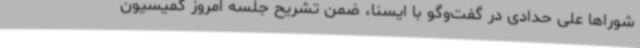
شوراها علی حدادی در گفت‌وگو با ایسنا، ضمن تشریح جلسه امروز کمیسیون